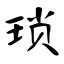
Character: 琐